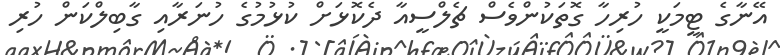
އޭނާގެ ޓީމަކީ ހުރިހާ ގޮތަކުންވެސް ޗެލްސީއާ ދެކޮޅަށް ކުޅުމުގެ ހުނަރާއި ގާބިލްކަން ހުރި